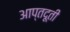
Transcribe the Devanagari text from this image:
आप्तदूती